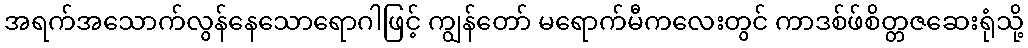
အရက်အသောက်လွန်နေသောရောဂါဖြင့် ကျွန်တော် မရောက်မီကလေးတွင် ကာဒစ်ဖ်စိတ္တဇဆေးရုံသို့